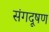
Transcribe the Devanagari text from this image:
संगदूषण